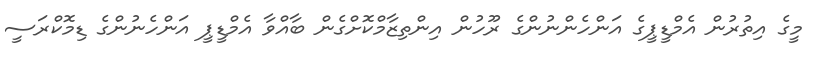
މީގެ އިތުރުން އެމްޑީޕީގެ އަންހެންނުންގެ ރޫހުން އިންތިޒާމްކޮށްގެން ބާއްވާ އެމްޑީޕީ އަންހެނުންގެ ޑިމޮކްރަސީ